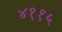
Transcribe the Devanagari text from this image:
४११५